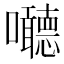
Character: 𱕱